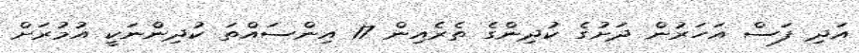
އަދި ފަސް އަހަރުން ދަށުގެ ކުދިންގެ ތެރެއިން 17 އިންސައްތަ ކުދިންނަކީ އުމުރަށް